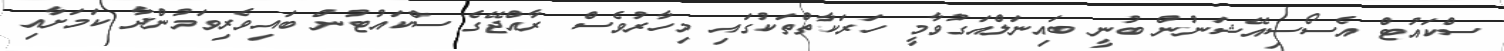
ސްކައުޓް އެސޯސިއޭޝަނުން ބުނީ ބައިނަލްއަގުވާމީ ހަރަކާތްތަކުގައި މިހާރުވެސް ރާއްޖޭގެ ސްކައުޓުން ބައިވެރިވަމުންދާ ކަަމަށާއި